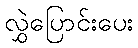
လွှဲပြောင်းပေး